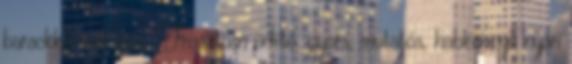
barackkal volt kira. Frissítően üdítő, gyors, mutatós, habkönnyű nyári